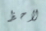
لاحظ